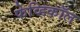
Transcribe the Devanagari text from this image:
फेव्हिकॉल